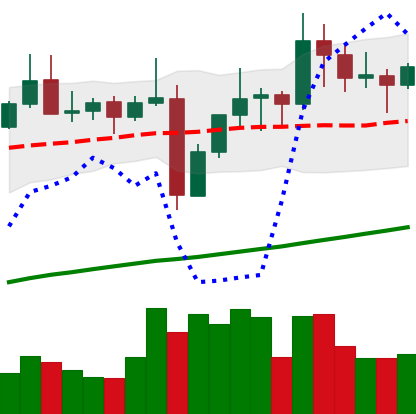
Ticker: TRX-USD
Chart end date: 2021-11-07
Forward return: 3.145%
Label: up_3_5